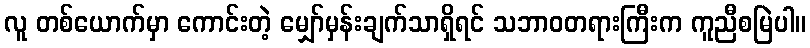
လူ တစ်ယောက်မှာ ကောင်းတဲ့ မျှော်မှန်းချက်သာရှိရင် သဘာဝတရားကြီးက ကူညီစမြဲပါ။